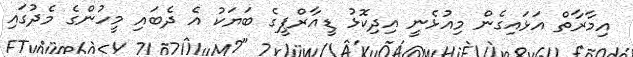
އިމާރާތް އަޅައިގެން މިއުޅެނީ އިދިކޮޅު ޑީއާރްޕީގެ ބަޔަކު އެ ދެބައި މީހުންގެ މެދުގައި